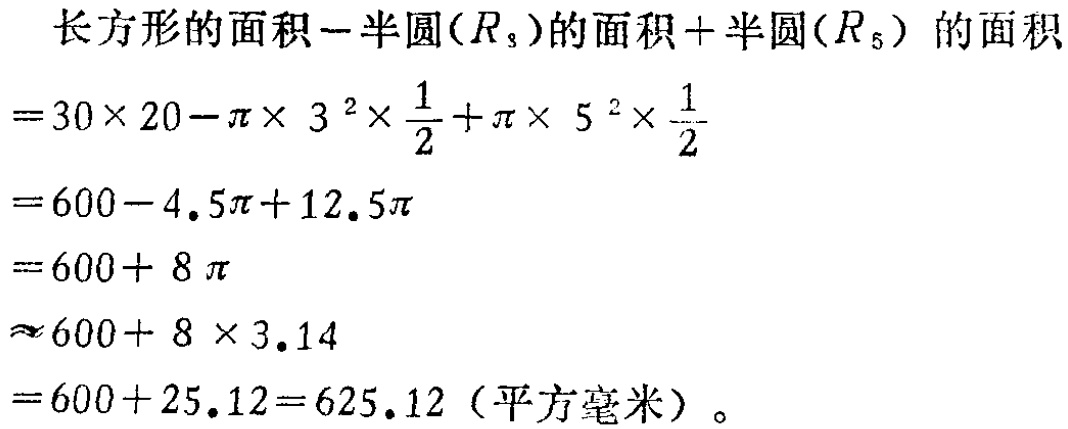
长方形的面积$-$半圆($R_{3}$)的面积$+$半圆($R_{5}$) 的面积

$=30\times 20 - \pi\times 3^{2}\times\frac{1}{2}+\pi\times 5^{2}\times\frac{1}{2}$

$=600 - 4.5\pi+12.5\pi$

$=600 + 8\pi$

$=600 + 8\pi$

$\approx 600+ 8\times 3.14$

$=600 + 25.12 = 625.12$（平方毫米）。